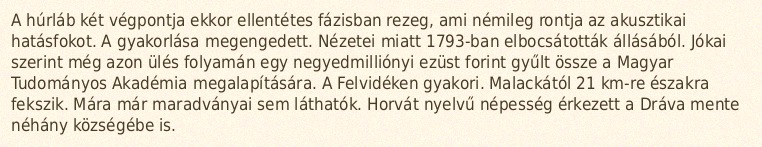
A húrláb két végpontja ekkor ellentétes fázisban rezeg, ami némileg rontja az akusztikai hatásfokot. A gyakorlása megengedett. Nézetei miatt 1793-ban elbocsátották állásából. Jókai szerint még azon ülés folyamán egy negyedmilliónyi ezüst forint gyűlt össze a Magyar Tudományos Akadémia megalapítására. A Felvidéken gyakori. Malackától 21 km-re északra fekszik. Mára már maradványai sem láthatók. Horvát nyelvű népesség érkezett a Dráva mente néhány községébe is.